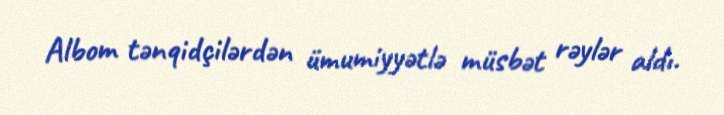
Albom tənqidçilərdən ümumiyyətlə müsbət rəylər aldı.